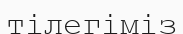
тілегіміз